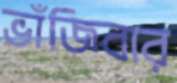
ভাঁজিবার